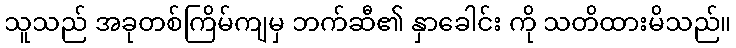
သူသည် အခုတစ်ကြိမ်ကျမှ ဘက်ဆီ၏ နှာခေါင်း ကို သတိထားမိသည်။